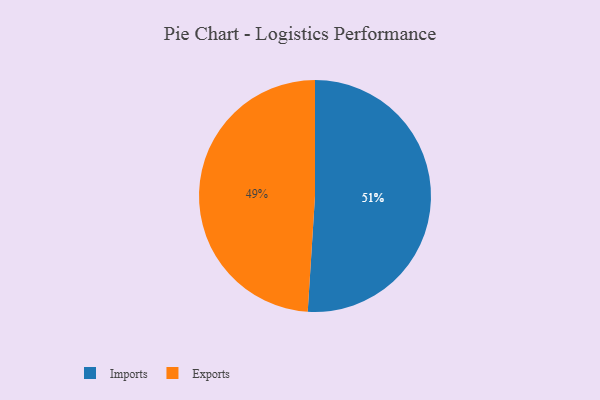
{"axis": {"x": "Category", "y": "Percentage"}, "legend": ["Exports", "Imports"], "data": [{"x": "Imports", "y": 51, "type": "Imports"}, {"x": "Exports", "y": 49, "type": "Exports"}]}